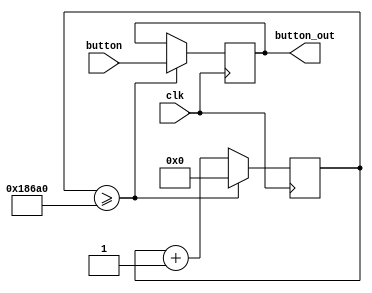
`timescale 1ns / 1ps
//////////////////////////////////////////////////////////////////////////////////
// Company: 
// Engineer: 
// 
// Design Name: 
// Module Name:    BTN_Anti_jitter 
// Project Name: 
// Target Devices: 
// Tool versions: 
// Description: 
//
// Dependencies: 
//
// Revision: 
// Revision 0.01 - File Created
// Additional Comments: 
//
//////////////////////////////////////////////////////////////////////////////////
module BTN_Anti_jitter(
	//CLK
	input wire clk,
	//INPUT
	input wire [4:0] button,
	//After anti jitter
	output reg [4:0] button_out = 32'h0000_0000
	);

	reg [31:0] counter = 32'h0000_0000;
	
	//the status of button and switch will change every 100000 clks
	always @(posedge clk) begin
		//if(counter >= 5) begin
		if(counter >= 100000) begin 
			counter <= 32'b0;
			button_out <= button;
		end
		//if any of the button or switch is on, then start counting, BUT
		//Don't know the purpose of the following code. Does it make the circuit any better?
		else// if(button > 0 || switch > 0 )
			counter <= counter + 1;
	end
endmodule